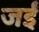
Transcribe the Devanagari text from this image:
जईं